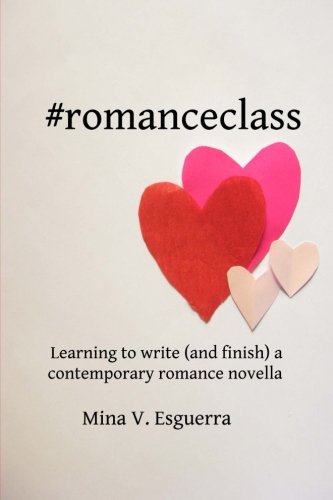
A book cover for #romanceclass: Learning to write (and finish) a contemporary romance novella; Mina V. Esguerra; Romance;